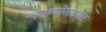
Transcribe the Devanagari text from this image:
ग्लग्इकोसाइड्स